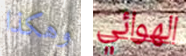
وهكذا الهوائي